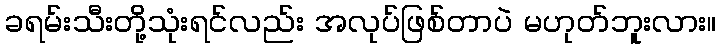
ခရမ်းသီးတို့သုံးရင်လည်း အလုပ်ဖြစ်တာပဲ မဟုတ်ဘူးလား။